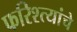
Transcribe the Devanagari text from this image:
फरिश्त्यांचे